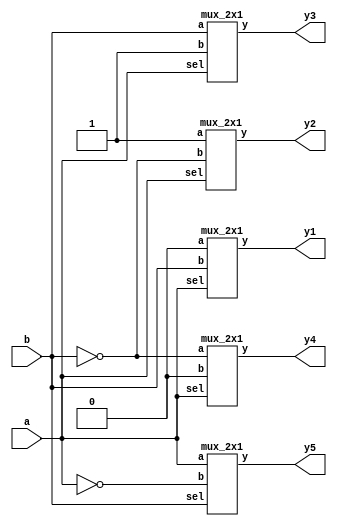
module logic_gates_by_2x1mux(input a,
                             input b,
									  output y1,y2,y3,y4,y5);
									  
   
 mux_2x1 and_gate(1'b0,b,a,y1);// and gate
 
 mux_2x1 nand_gate(1'b1,~b,a,y2);// nand gate
 
 mux_2x1 or_gate(b,1'b1,a,y3);// or gate
 
 mux_2x1 nor_gate(~b,1'b0,a,y4); // nor gate
  
 mux_2x1 xor_gate(a,~a,b,y5); // xor gate



endmodule


module mux_2x1(
    input a, b, sel, 
    output y);
    assign y = (a & ~sel) | (b & sel);
endmodule